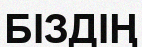
БІЗДІҢ